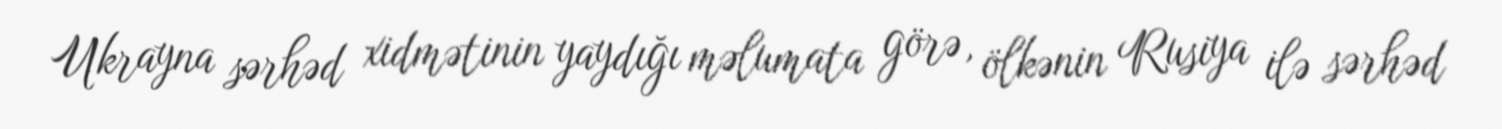
Ukrayna sərhəd xidmətinin yaydığı məlumata görə, ölkənin Rusiya ilə sərhəd